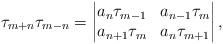
LaTeX: \begin{align*} \tau_{m+n}\tau_{m-n}=\left|\begin{matrix}a_n\tau_{m-1} & a_{n-1}\tau_{m} \\a_{n+1}\tau_{m} & a_n\tau_{m+1} \end{matrix}\right| ,\end{align*}